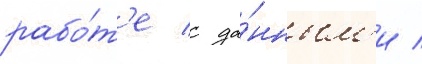
рабо́т'е с да́нным'и /